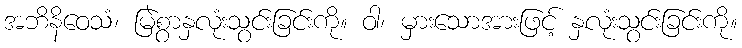
အဘိနိဝေသံ၊ မြဲစွာနှလုံးသွင်းခြင်းကို။ ဝါ၊ မှားသောအားဖြင့် နှလုံးသွင်းခြင်းကို။